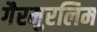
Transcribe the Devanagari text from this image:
गैरमुरलिम